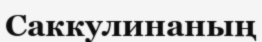
Саккулинаның